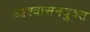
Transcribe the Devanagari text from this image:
आश्वासनयुक्त